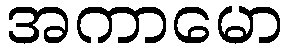
အကာမော